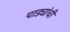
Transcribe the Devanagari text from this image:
पाड्यांची